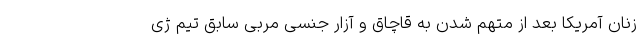
زنان آمریکا بعد از متهم شدن به قاچاق و آزار جنسی مربی سابق تیم ژی